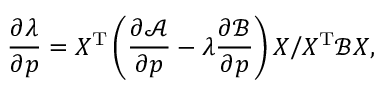
\frac { \partial \lambda } { \partial \boldsymbol { p } } = X ^ { \mathrm { T } } \left( \frac { \partial \mathcal { A } } { \partial \boldsymbol { p } } - \lambda \frac { \partial \mathcal { B } } { \partial \boldsymbol { p } } \right) X \Big / { X ^ { \mathrm { T } } \mathcal { B } X } ,